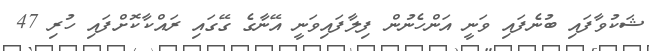
ޝަކުވާފައި ބުނެފައި ވަނީ އަންހެނުން ފިލާފައިވަނީ އޭނާގެ ގޭގައި ރައްކާކޮށްފައި ހުރި 47